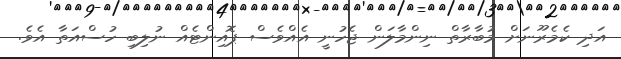
އަދި ކެމެރޫނަށް މުބާރާތް ނިންމާލަން ޖެހުނީ އެއްވެސް ޕޮއިންޓެއް ނުލިބި ހުސްއަތާ އެވެ.